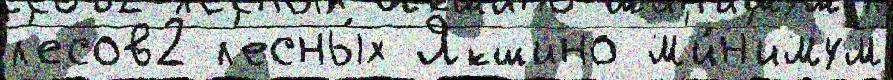
л'есов2 л'есны́х Якшино м'и́н'имум